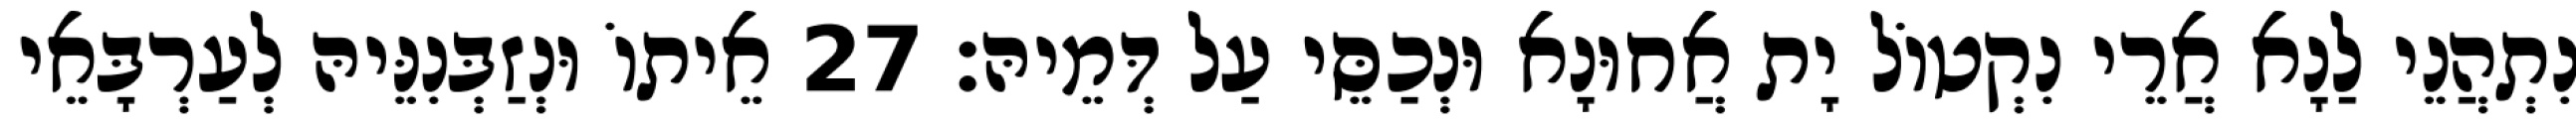
נִתְהֲנֵי לַנָא אֲרֵי נִקְטוֹל יָת אֲחוּנָא וּנְכַסֵּי עַל דְּמֵיהּ׃ 27 אֵיתוֹ וּנְזַבְּנִנֵּיהּ לְעַרְבָּאֵי